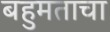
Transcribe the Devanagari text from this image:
बहुमताचा